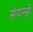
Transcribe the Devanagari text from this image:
संयन्त्रो